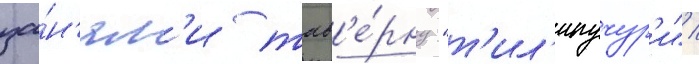
за́н'ял'и тав'е́рну "т'ил'ипучур'и" /